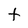
Character: t